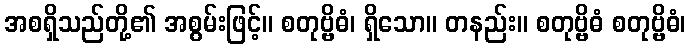
အစရှိသည်တို့၏ အစွမ်းဖြင့်။ စတုဗ္ဗိဓံ၊ ရှိသော။ တနည်း။ စတုဗ္ဗိဓံ စတုဗ္ဗိဓံ၊